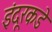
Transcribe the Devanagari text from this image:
इंदूरकडे